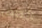
الخاص